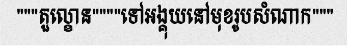
"""តួល្ខោន""""ទៅអង្គុយនៅមុខរូបសំណាក"""